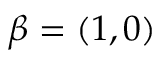
\beta = ( 1 , 0 )